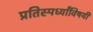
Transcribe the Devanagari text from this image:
प्रतिस्पर्ध्यांविषयी